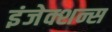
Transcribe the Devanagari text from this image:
इंजेक्शन्स